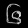
Digit: ၆